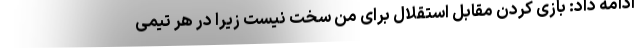
ادامه داد: بازی کردن مقابل استقلال برای من سخت نیست زیرا در هر تیمی